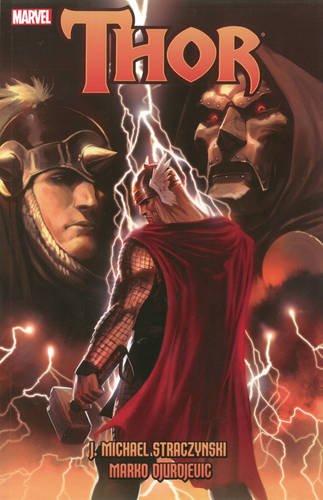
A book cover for Thor, Vol. 3; J. Michael Straczynski; Comics & Graphic Novels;